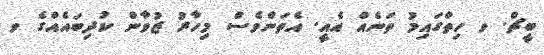
ބީޗް. ވ ހިތްގައިމު ތަނެއް އެއީ. އެތަންވެސް މިހާރު ޒުވާން ކުދިބައެއްގެ ވ